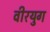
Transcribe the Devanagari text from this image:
वीरयुग